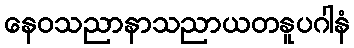
နေဝသညာနာသညာယတနူပဂါနံ